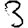
Digit: 3